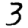
Digit: 3